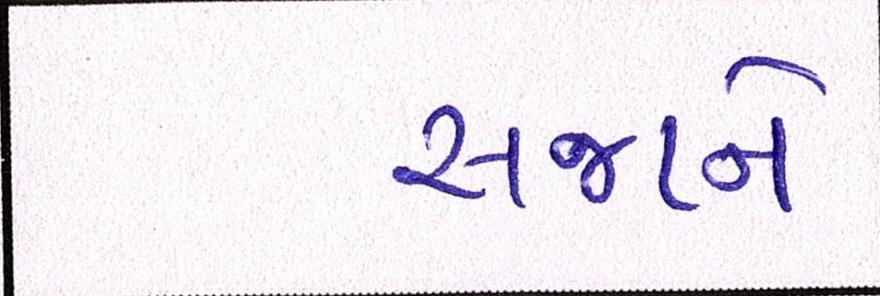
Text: સજાને